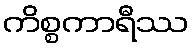
ကိစ္စကာရီဿ